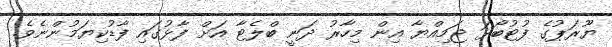
ޔޫރަޕުގެ ފުޓުބޯޅަ ޖަމިއްޔާ އިން މިހާރު ދަނީ ބްލެޓާ އަށް ފާޅުގައި ފާޑުކިޔަމުންނެވެ.